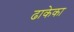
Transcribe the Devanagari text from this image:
ढाकेका